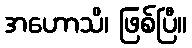
အဟောသိ၊ ဖြစ်ပြီ။